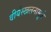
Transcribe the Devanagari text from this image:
वीर्यस्खलनामुळे